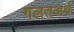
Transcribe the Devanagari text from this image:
गलतअर्थ